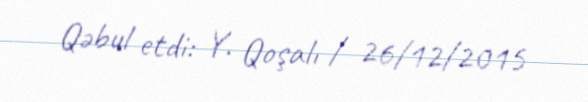
Qəbul etdi: Y. Qoşalı / 26/12/2015